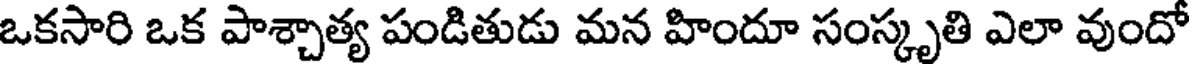
ఒకసారి ఒక పాశ్చాత్య పండితుడు మన హిందూ సంస్కృతి ఎలా వుందో